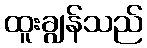
ထူးချွန်သည်